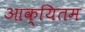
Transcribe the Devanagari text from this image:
आक्यितम